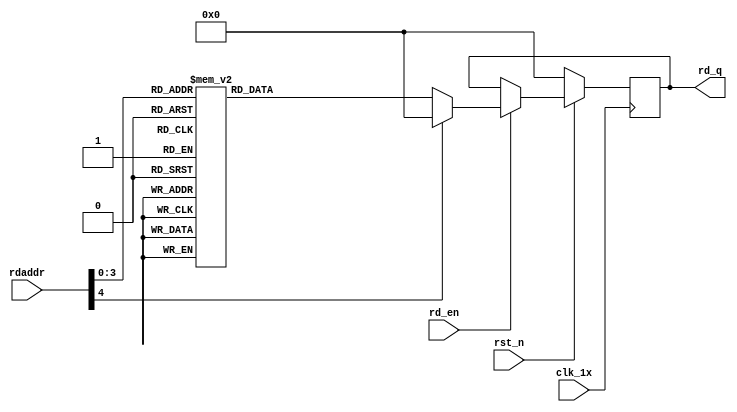

`timescale 1ns / 1ps
module F_normal_t8_next_Rom3(
input	          							clk_1x,
input	          							rst_n,
//////////////////////////////////////////////////////////////
input										rd_en,
input				[4:0]				rdaddr,
output		reg			[127:0]				rd_q
);

always @(posedge clk_1x)begin
	if(~rst_n)begin
		rd_q <= 128'b0;
	end
	else if(rd_en == 1'b1)begin
		case(rdaddr)
			5'h0f: rd_q <= 128'b00011010100011001101001111100100000101011101011011000111111100110001011110111101001111001001000111011111010101001001110000000111;
			5'h0e: rd_q <= 128'b01110100111111110111001100011100011000000000101000001011100001010010110000111101010010001001010101100010000100110100010111000110;
			5'h0d: rd_q <= 128'b10001110110010100010011010001110010010011110111111001100101110111110111001010011101110100001010011100000000000100000111111101110;
			5'h0c: rd_q <= 128'b01100010000010010100001011000001010101000011011011111010111110111100100111011100110101110000001111001010001001111000100010010001;
			5'h0b: rd_q <= 128'b10001010100001101011001100000100010100100100100111110101001101110000011011010101011000001111010000100111011000001100011001100010;
			5'h0a: rd_q <= 128'b11010111101111011000001111101111001010000101111010101110100100111110100000011000100101100111110000110101011010010001001101111110;
			5'h09: rd_q <= 128'b10101100101110100111100110100000100011100011011110110011111100100100101110001110010001000011000010000111000000101001111110110010;
			5'h08: rd_q <= 128'b01110011010000101011110001110001011000001011100100110111011100101101100111110101111001110000000010101001011010110111110100000100;
			5'h07: rd_q <= 128'b10111000100001011010011011110101100011011111100000101000100111110101010000101011101011000000101011110000100010101101110001011000;
			5'h06: rd_q <= 128'b10101001001001111110111100000000000100110101110101111100011101101110000000101010100111111011110010111101111110001100100011111100;
			5'h05: rd_q <= 128'b11110000101111111001000111101000100111110100000011111000111101001011110111111111010110101100111110111111100110111101010111111011;
			5'h04: rd_q <= 128'b10000100000000111111011001011001111100111101001100111000001100101110000010001000011110101010001100111111010101011010011110111100;
			5'h03: rd_q <= 128'b10011010101000011111101001100001100100011111101101101001011111001010011100001011000010100110110111011101010010110000100010001000;
			5'h02: rd_q <= 128'b00001101110111001100100000001000011010110111101010011000100100001111011101111001100101010100001010000010011101110000010100001011;
			5'h01: rd_q <= 128'b00010101001111100011000110011100110101001011000101101010000100110101111100011000101011110001011101010100011000110111111101000001;
			5'h00: rd_q <= 128'b00101110001010001000011100100011111000111111001010010101000000000001101011100011100011101101010001101011010111001000111010110110;
		default:rd_q <= 128'b0;
		endcase
	end
end

endmodule